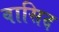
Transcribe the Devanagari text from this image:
वासिद